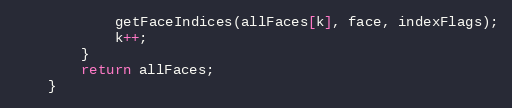
Language: Java
            getFaceIndices(allFaces[k], face, indexFlags);
            k++;
        }
        return allFaces;
    }